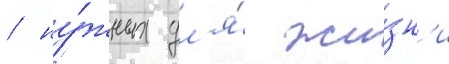
/ ну́жных дл'я́ жи́зн'и